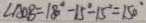
\angle A O B = 1 8 0 ^ { \circ } - 1 5 ^ { \circ } - 1 5 ^ { \circ } = 1 5 0 ^ { \circ }